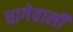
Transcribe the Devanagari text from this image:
धागेवाली